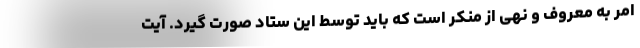
امر به معروف و نهی از منکر است که باید توسط این ستاد صورت گیرد. آیت